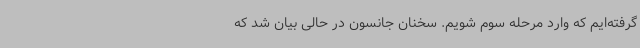
گرفته‌ایم که وارد مرحله سوم شویم. سخنان جانسون در حالی بیان شد که